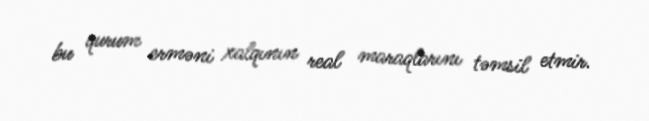
bu qurum erməni xalqının real maraqlarını təmsil etmir.